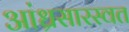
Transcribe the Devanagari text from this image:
आंध्रसारस्वत